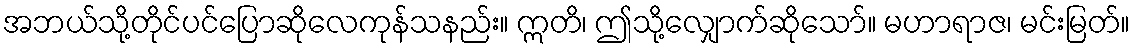
အဘယ်သို့တိုင်ပင်ပြောဆိုလေကုန်သနည်း။ ဣတိ၊ ဤသို့လျှောက်ဆိုသော်။ မဟာရာဇ၊ မင်းမြတ်။